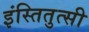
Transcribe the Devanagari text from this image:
इंस्तितुत्सी